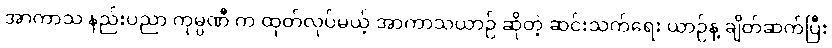
အာကာသ နည်းပညာ ကုမ္ပဏီ က ထုတ်လုပ်မယ့် အာကာသယာဉ် ဆိုတဲ့ ဆင်းသက်ရေး ယာဉ်နဲ့ ချိတ်ဆက်ပြီး